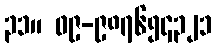
၃၁။ ၀၉-၉၈၇၆၅၄၃၂၁